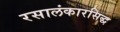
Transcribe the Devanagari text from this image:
रसालंकारसिद्ध